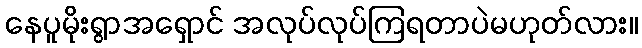
နေပူမိုးရွာအရှောင် အလုပ်လုပ်ကြရတာပဲမဟုတ်လား။